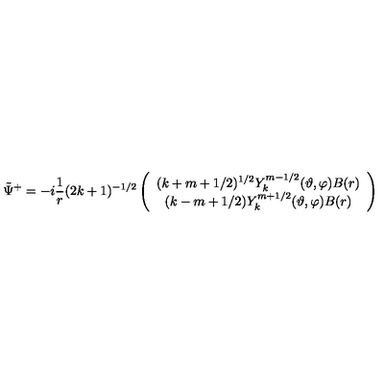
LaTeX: \tilde { \Psi } ^ { + } = - i \frac 1 r ( 2 k + 1 ) ^ { - 1 / 2 } \left( \begin{array} { c } { ( k + m + 1 / 2 ) ^ { 1 / 2 } Y _ { k } ^ { m - 1 / 2 } ( \vartheta , \varphi ) B ( r ) } \\ { ( k - m + 1 / 2 ) Y _ { k } ^ { m + 1 / 2 } ( \vartheta , \varphi ) B ( r ) } \\ \end{array} \right)